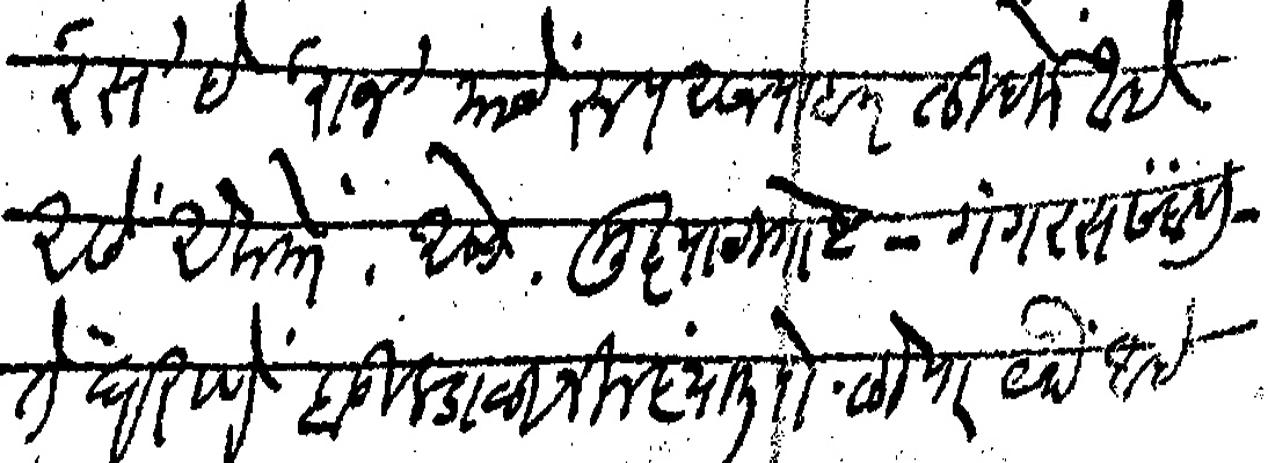
Transliteration (Devanagari): रस हे राज याचे रूप असल्याब लिहिले आहे असे ऐकतो असो मुद्याची गोष्ट गंगरस संबंधी ते घराणे बुलडाळा जिल्ह्यात पो लोणार येथे आहे